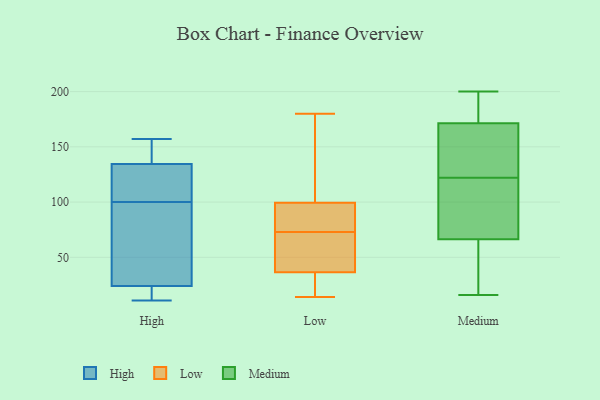
{"axis": {"x": "Population (Million)", "y": "Value"}, "legend": ["High", "Low", "Medium"], "data": [{"x": "", "y": 128, "type": "High"}, {"x": "", "y": 11, "type": "High"}, {"x": "", "y": 96, "type": "High"}, {"x": "", "y": 18, "type": "High"}, {"x": "", "y": 157, "type": "High"}, {"x": "", "y": 143, "type": "High"}, {"x": "", "y": 13, "type": "High"}, {"x": "", "y": 105, "type": "High"}, {"x": "", "y": 30, "type": "High"}, {"x": "", "y": 104, "type": "High"}, {"x": "", "y": 85, "type": "High"}, {"x": "", "y": 141, "type": "High"}, {"x": "", "y": 59, "type": "Low"}, {"x": "", "y": 98, "type": "Low"}, {"x": "", "y": 58, "type": "Low"}, {"x": "", "y": 92, "type": "Low"}, {"x": "", "y": 85, "type": "Low"}, {"x": "", "y": 14, "type": "Low"}, {"x": "", "y": 21, "type": "Low"}, {"x": "", "y": 158, "type": "Low"}, {"x": "", "y": 113, "type": "Low"}, {"x": "", "y": 41, "type": "Low"}, {"x": "", "y": 21, "type": "Low"}, {"x": "", "y": 100, "type": "Low"}, {"x": "", "y": 110, "type": "Low"}, {"x": "", "y": 43, "type": "Low"}, {"x": "", "y": 77, "type": "Low"}, {"x": "", "y": 73, "type": "Low"}, {"x": "", "y": 35, "type": "Low"}, {"x": "", "y": 20, "type": "Low"}, {"x": "", "y": 180, "type": "Low"}, {"x": "", "y": 175, "type": "Medium"}, {"x": "", "y": 87, "type": "Medium"}, {"x": "", "y": 34, "type": "Medium"}, {"x": "", "y": 77, "type": "Medium"}, {"x": "", "y": 140, "type": "Medium"}, {"x": "", "y": 144, "type": "Medium"}, {"x": "", "y": 122, "type": "Medium"}, {"x": "", "y": 17, "type": "Medium"}, {"x": "", "y": 170, "type": "Medium"}, {"x": "", "y": 200, "type": "Medium"}, {"x": "", "y": 86, "type": "Medium"}, {"x": "", "y": 16, "type": "Medium"}, {"x": "", "y": 181, "type": "Medium"}]}